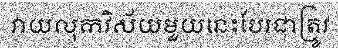
វាយលុកវិស័យមួយនេះបែរជាត្រូវ